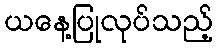
ယနေ့ပြုလုပ်သည့်